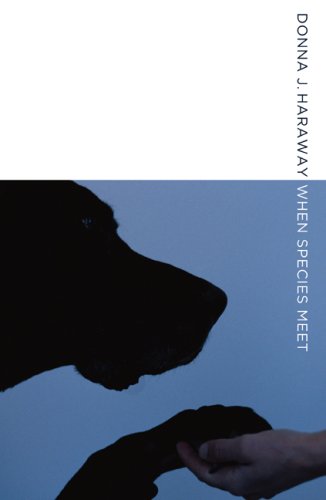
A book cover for When Species Meet (Posthumanities); Donna J. Haraway; Crafts, Hobbies & Home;